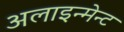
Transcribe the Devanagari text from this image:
अलाइन्मेन्ट